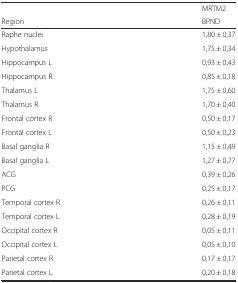
<table><thead><tr><td></td><td><b>MRTM2</b></td></tr><tr><td><b>Region</b></td><td><b>BPND</b></td></tr></thead><tbody><tr><td>Raphe nuclei</td><td>1,80 ± 0,37</td></tr><tr><td>Hypothalamus</td><td>1,75 ± 0,34</td></tr><tr><td>Hippocampus L</td><td>0,93 ± 0,43</td></tr><tr><td>Hippocampus R</td><td>0,85 ± 0,18</td></tr><tr><td>Thalamus L</td><td>1,75 ± 0,60</td></tr><tr><td>Thalamus R</td><td>1,70 ± 0,40</td></tr><tr><td>Frontal cortex R</td><td>0,50 ± 0,17</td></tr><tr><td>Frontal cortex L</td><td>0,50 ± 0,23</td></tr><tr><td>Basal ganglia R</td><td>1,15 ± 0,49</td></tr><tr><td>Basal ganglia L</td><td>1,27 ± 0,77</td></tr><tr><td>ACG</td><td>0,39 ± 0,26</td></tr><tr><td>PCG</td><td>0,25 ± 0,17</td></tr><tr><td>Temporal cortex R</td><td>0,26 ± 0,11</td></tr><tr><td>Temporal cortex L</td><td>0,28 ± 0,19</td></tr><tr><td>Occipital cortex R</td><td>0,05 ± 0,11</td></tr><tr><td>Occipital cortex L</td><td>0,05 ± 0,10</td></tr><tr><td>Parietal cortex R</td><td>0,17 ± 0,17</td></tr><tr><td>Parietal cortex L</td><td>0,20 ± 0,18</td></tr></tbody></table>